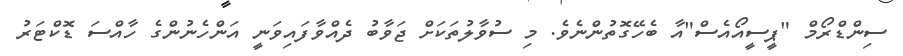
ސިންޑްރޯމް "ޕީސީއޯއެސް"އާ ބެހޭގޮތުންނެވެ. މި ސުވާލުތަކަށް ޖަވާބު ދެއްވާފައިވަނީ އަންހެނުންގެ ހާއްސަ ޑޮކްޓަރު